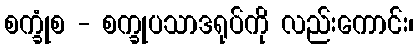
စက္ခုံစ - စက္ခုပသာဒရုပ်ကို လည်းကောင်း၊